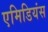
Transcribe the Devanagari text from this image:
एमिडियंस